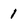
Character: 1